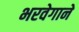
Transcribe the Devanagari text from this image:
भरवेगाने